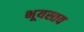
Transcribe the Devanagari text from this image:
भूयस्तव